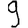
Digit: 9